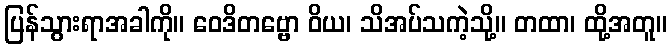
ပြန်သွားရာအခါကို။ ဝေဒိတဗ္ဗော ဝိယ၊ သိအပ်သကဲ့သို့။ တထာ၊ ထို့အတူ။